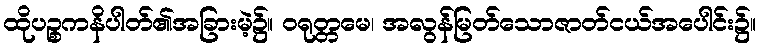
ထိုပဉ္စကနိပါတ်၏အခြားမဲ့၌။ ဝရုတ္တမေ၊ အလွန်မြတ်သောဇာတ်ငယ်အပေါင်း၌။